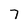
Character: 7